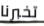
تخبرنا